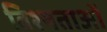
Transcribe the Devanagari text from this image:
विश्षताओं